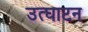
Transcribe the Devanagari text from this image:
उत्घाटन